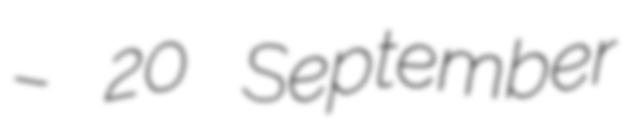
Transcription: – 20 September